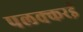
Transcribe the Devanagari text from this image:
पलक्करई